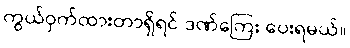
ကွယ်ဝှက်ထားတာရှိရင် ဒဏ်ကြေး ပေးရမယ်။